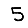
Digit: 5